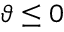
\vartheta \le 0